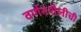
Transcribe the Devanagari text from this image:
वर्णनशैलीची